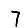
Digit: 7